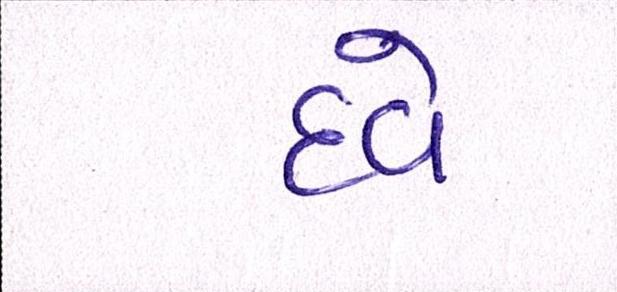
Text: દવે